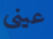
عينى